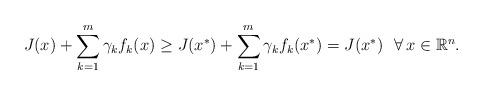
LaTeX: \begin{align*}J(x)+\sum\limits_{k=1}^m\gamma_kf_k(x)\ge J(x^*)+\sum\limits_{k=1}^m\gamma_kf_k(x^*)=J(x^*)\ \ \forall\,x\in\mathbb{R}^n.\end{align*}